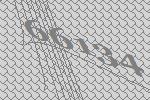
66134